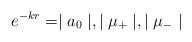
LaTeX: \begin{align*}e^{-kr} = \mid a_0 \mid, \mid \mu_+ \mid, \mid \mu_- \mid\end{align*}